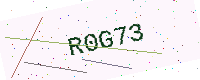
Text: R0G73